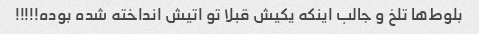
بلوط‌ها تلخ و جالب اینکه یکیش قبلا تو اتیش انداخته شده بوده!!!!!